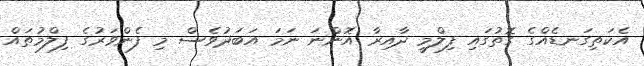
އެކަތިގަނޑެއްގެ ގޮތުގައި ފިލްމީ ދާއިރާ އޮންނަ ނަމަ އަބަދުވެސް މި ފެންވަރުގެ ފިލްމުތައް